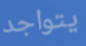
يتواجد